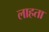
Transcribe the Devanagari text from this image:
लाहता